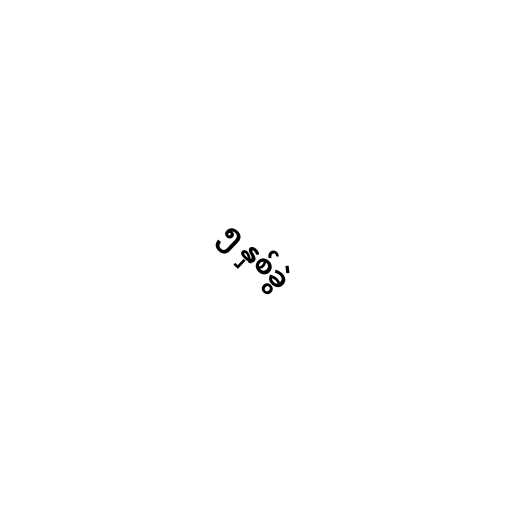
၅ နှစ်ခွဲ